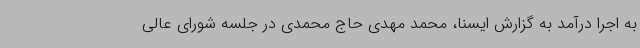
به اجرا درآمد به گزارش ایسنا، محمد مهدی حاج محمدی در جلسه شورای عالی